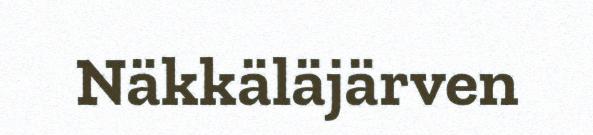
Näkkäläjärven